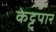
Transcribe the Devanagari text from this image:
केट्टुपार